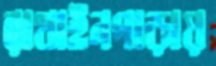
রাখাইনপাড়ায়